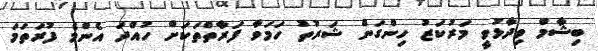
ބިޝާމް ވިދާޅުވީ މަރުކަޒު ހިންގަން ޝަރުތު ހަމަވާ ފަރާތްތަކަށް ހުއްދަ އެންމެ ފުރަތަމަ